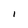
Character: I